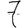
Digit: 7